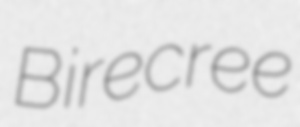
Birecree